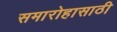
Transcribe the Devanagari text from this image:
समारोहासाठी